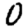
Digit: 0